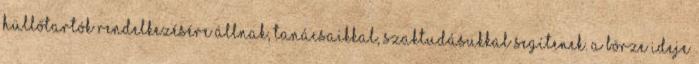
hüllőtartók rendelkezésére állnak, tanácsaikkal, szaktudásukkal segítenek. A börze ideje